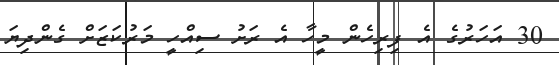
30 އަހަރުގެ އެ ފިރިހެން މީހާ އެ ރަށު ސިއްހީ މަރުކަޒަށް ގެންދިޔަ